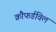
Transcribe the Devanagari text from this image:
क्रौफर्डविल